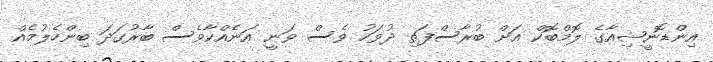
އިންޑޮނީޝިއާގެ ލޮމްބޮކް އަށް ބުރާސްފަތި ދުވަހު ވެސް ވަނީ އަނެއްކާވެސް ބާރުގަދަ ބިންހެލުމެއް